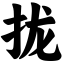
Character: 拢